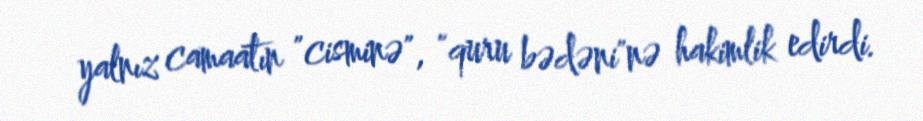
yalnız camaatın "cisminə", "quru bədəni"nə hakimlik edirdi.